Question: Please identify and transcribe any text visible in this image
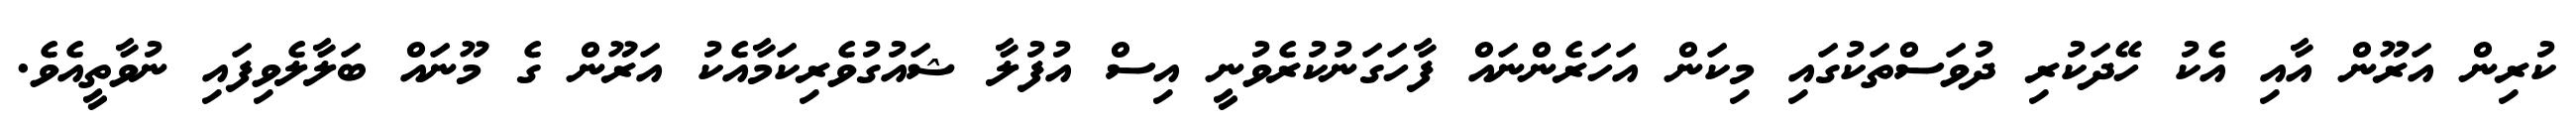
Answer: ކުރިން އަރޫން އާއި އެކު ހޭދަކުރި ދުވަސްތަކުގައި މިކަން އަހަރެންނައް ފާހަގަނުކުރެވުނީ އިސް އުފުލާ ޝައުގުވެރިކަމާއެކު އަރޫން ގެ މޫނައް ބަލާލެވިފައި ނުވާތީއެވެ.